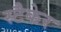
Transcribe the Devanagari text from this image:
स्टैकेर